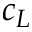
c _ { L }